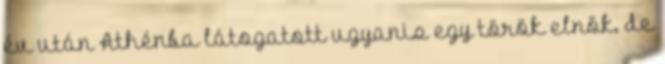
év után Athénba látogatott ugyanis egy török elnök, de